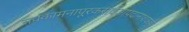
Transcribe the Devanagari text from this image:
सर्वकामनापूरकसर्वआपदानाशकहै।